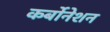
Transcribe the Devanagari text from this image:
कर्बोनेशन